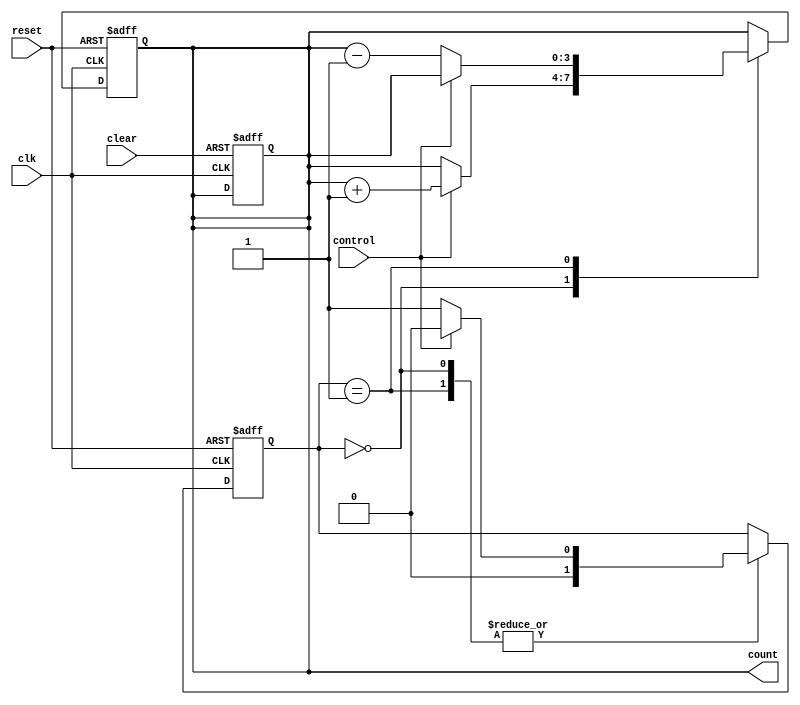
module UpDownCounter (
    input wire clk,
    input wire reset,
    input wire clear,
    input wire control,
    output reg [3:0] count
);

// State definition
parameter UP = 2'b00;
parameter DOWN = 2'b01;
reg [1:0] state;

always @(posedge clk or posedge reset) begin
    if (reset) begin
        state <= UP;
        count <= 4'b0000;
    end else begin
        case(state)
                UP: begin
                    if (control)
                        count <= count + 1;
                    state <= control ? UP : DOWN;
                end
                DOWN: begin
                    if (!control)
                        count <= count - 1;
                    state <= control ? UP : DOWN;
                end
        endcase
    end
end

always @(posedge clk or posedge clear) begin
    if (clear)
        count <= 4'b0000;
end

endmodule